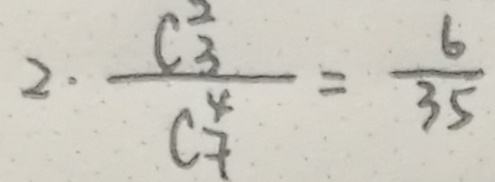
2 \cdot \frac { C _ { 3 } ^ { 2 } } { C _ { 7 } ^ { 4 } } = \frac { 6 } { 3 5 }